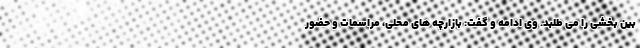
بین بخشی را می طلبد. وی ادامه و گفت: بازارچه های محلی، مراسمات و حضور